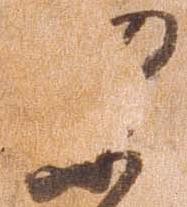
安